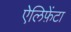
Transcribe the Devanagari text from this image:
ऐलिफ़ेंटा